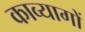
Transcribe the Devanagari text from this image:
काव्यागों